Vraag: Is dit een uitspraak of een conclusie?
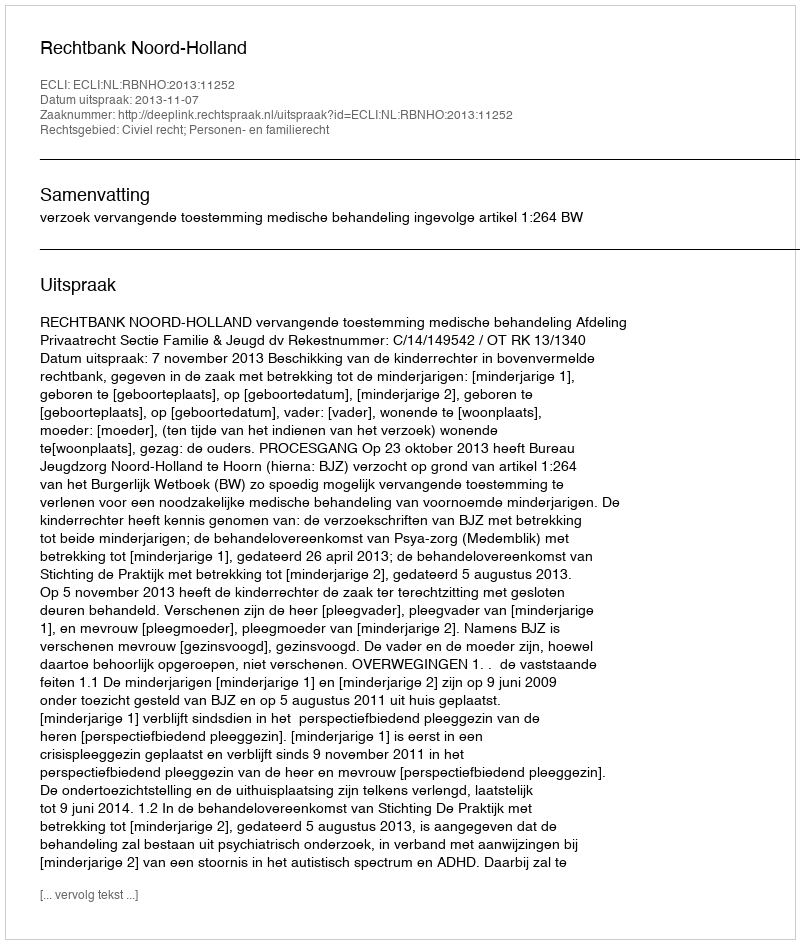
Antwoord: Uitspraak